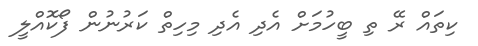
ކިތައް ރޭ ތި ބީހުމަށް އެދި އެދި މިހިތް ކަރުނުން ފޯކޮއްލީ